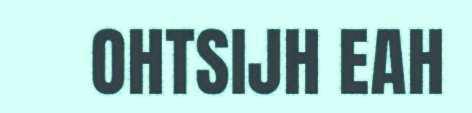
OHTSIJH EAH